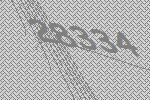
28334